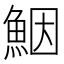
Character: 𩶾